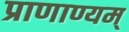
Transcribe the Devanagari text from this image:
प्राणाण्यम्